Indian journal of veterinary science and animal husbandry - Volume 10,
Year: 1940
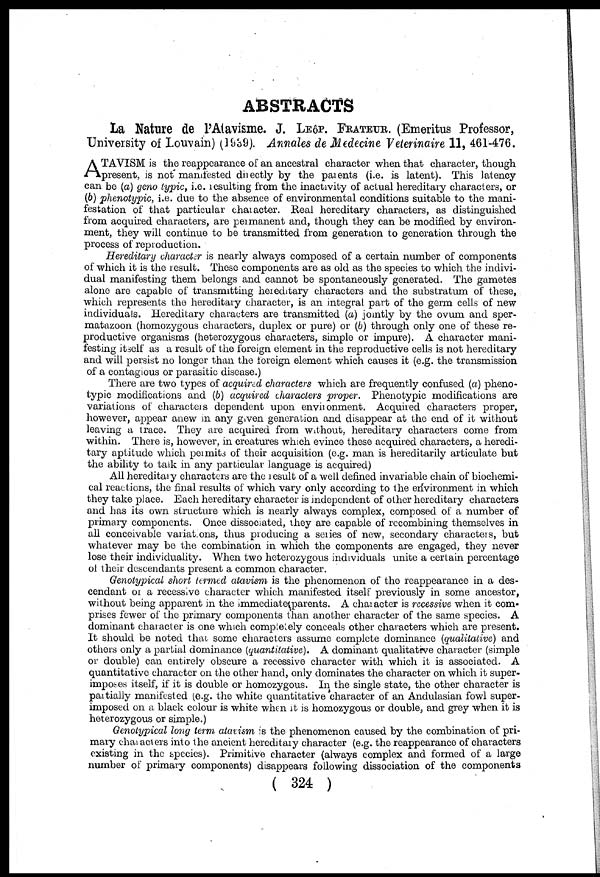
ABSTRACTS
La Nature de l'Atavisme. J. LEÔP. FRATEUR. (Emeritus Professor,
University of Louvain) (1939). Annales de Medecine Veterinaire 11, 461-476.
A TAVISM is the reappearance of an ancestral character when that character, though
present, is not manifested directly by the parents (i.e. is latent). This latency
can be (a) geno typic, i.e. resulting from the inactivity of actual hereditary characters, or
(b) phenotypic, i.e. due to the absence of environmental conditions suitable to the mani-
festation of that particular character. Real hereditary characters, as distinguished
from acquired characters, are permanent and, though they can be modified by environ-
ment, they will continue to be transmitted from generation to generation through the
process of reproduction.
Hereditary character is nearly always composed of a certain number of components
of which it is the result. These components are as old as the species to which the indivi-
dual manifesting them belongs and cannot be spontaneously generated. The gametes
alone are capable of transmitting hereditary characters and. the substratum of these,
which represents the hereditary character, is an integral part of the germ cells of new
individuals. Hereditary characters are transmitted (a) jointly by the ovum and sper-
matazoon (homozygous characters, duplex or pure) or (b) through only one of these re-
productive organisms (heterozygous characters, simple or impure). A character mani-
festing itself as a result of the foreign element in the reproductive cells is not hereditary
and will persist no longer than the foreign element which causes it (e.g. the transmission
of a contagious or parasitic disease.)
There are two types of acquired characters which are frequently confused (a) pheno-
typic modifications and (b) acquired characters proper. Phenotypic modifications are
variations of characters dependent upon environment. Acquired characters proper,
however, appear anew in any given generation and disappear at the end of it without
leaving a trace. They are acquired from without, hereditary characters come from
within. There is, however, in creatures which evince these acquired characters, a heredi-
tary aptitude which permits of their acquisition (e.g. man is hereditarily articulate but
the ability to talk in any particular language is acquired)
All hereditary characters are the result of a well defined invariable chain of biochemi-
cal reactions, the final results of which vary only according to the environment in which
they take place. Each hereditary character is independent of other hereditary characters
and has its own structure which is nearly always complex, composed of a number of
primary components. Once dissociated, they are capable of recombining themselves in
all conceivable variat ons, thus producing a series of new, secondary characters, but
whatever may be the combination in which the components are engaged, they never
lose their individuality. When two heterozygous individuals unite a certain percentage
of their descendants present a common character.
Genotypical short termed atavism is the phenomenon of the reappearance in a des-
cendant or a recessive character which manifested itself previously in some ancestor,
without being apparent in the immediate parents. A character is recessive when it com-
prises fewer of the primary components than another character of the same species. A
dominant character is one which completely conceals other characters which are present.
It should be noted that some characters assume complete dominance (qualitative) and
others only a partial dominance (quantitative). A dominant qualitative character (simple
or double) can entirely obscure a recessive character with which it is associated. A
quantitative character on the other hand, only dominates the character on which it super-
imposes itself, if it is double or homozygous. In the single state, the other character is
partially manifested (e.g. the white quantitative character of an Andulasian fowl super-
imposed on a black colour is white when it is homozygous or double, and grey when it is
heterozygous or simple.)
Genotypical long term atavism is the phenomenon caused by the combination of pri-
mary characters into the ancient hereditary character (e.g. the reappearance of characters
existing in the species). Primitive character (always complex and formed of a large
number of primary components) disappears following dissociation of the components
( 324 )